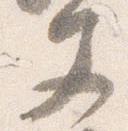
文